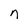
Character: n